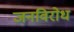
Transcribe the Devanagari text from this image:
जनविरोध